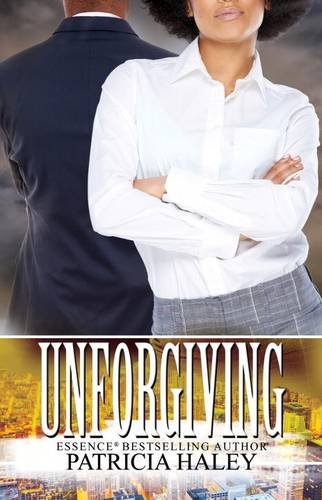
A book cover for Unforgiving; Patricia Haley; Literature & Fiction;